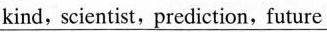
kind, scientist, prediction, future